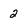
Character: 2